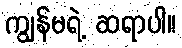
ကျွန်မရဲ့ ဆရာပါ။